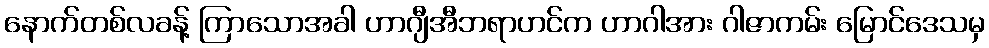
နောက်တစ်လခန့် ကြာသောအခါ ဟာဂျီအီဘရာဟင်က ဟာဂါအား ဂါဇာကမ်း မြောင်ဒေသမှ